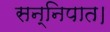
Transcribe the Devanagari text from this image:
सन्निपात।